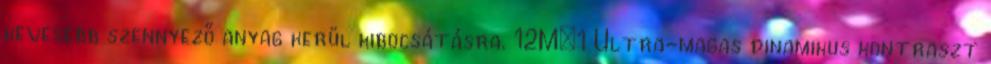
kevesebb szennyező anyag kerül kibocsátásra. 12M:1 Ultra-magas dinamikus kontraszt